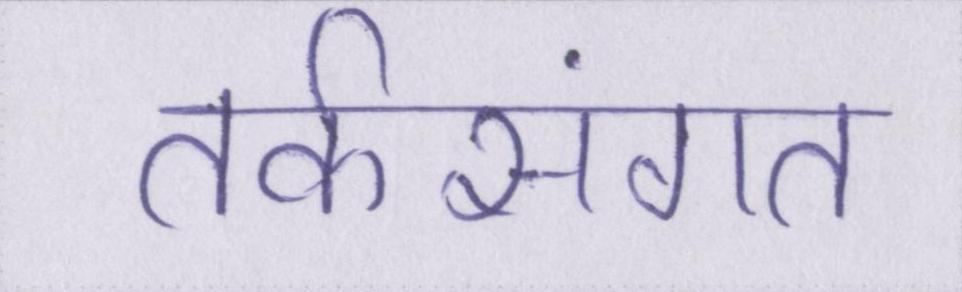
तर्कसंगत